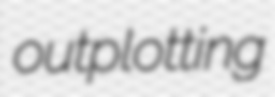
outplotting